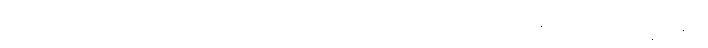
စေတသာ၊ စိတ်ဖြင့်။ ဗဟုလံ၊ အကြိမ်များစွာ။ ဝိဟရတော၊ နေသော။ ဘိက္ခုနော၊